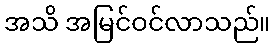
အသိ အမြင်ဝင်လာသည်။